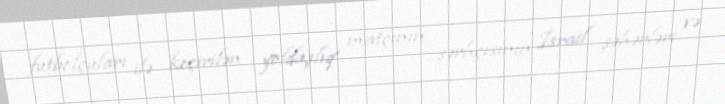
futbolçuları ilə keçirilən yoldaşlıq matçının şərhçisinin İsrail şəhərləri və